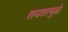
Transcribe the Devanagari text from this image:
रायडरमुळे